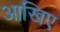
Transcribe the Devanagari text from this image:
आखिए